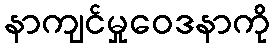
နာကျင်မှုဝေဒနာကို